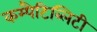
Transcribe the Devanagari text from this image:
कम्पैटिब्लिटी